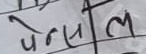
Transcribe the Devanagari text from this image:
पेन्सिल